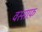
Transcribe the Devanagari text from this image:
वस्साफ़